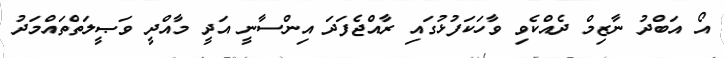
އޯ އަބްދު ނާޒިމް ދެއްކެވި ވާހަކަފުޅުގައި ރާއްޖެފަދަ އިންސާނީ އަދީ މާއްދީ ވަޞީލަތްތައްމަދު